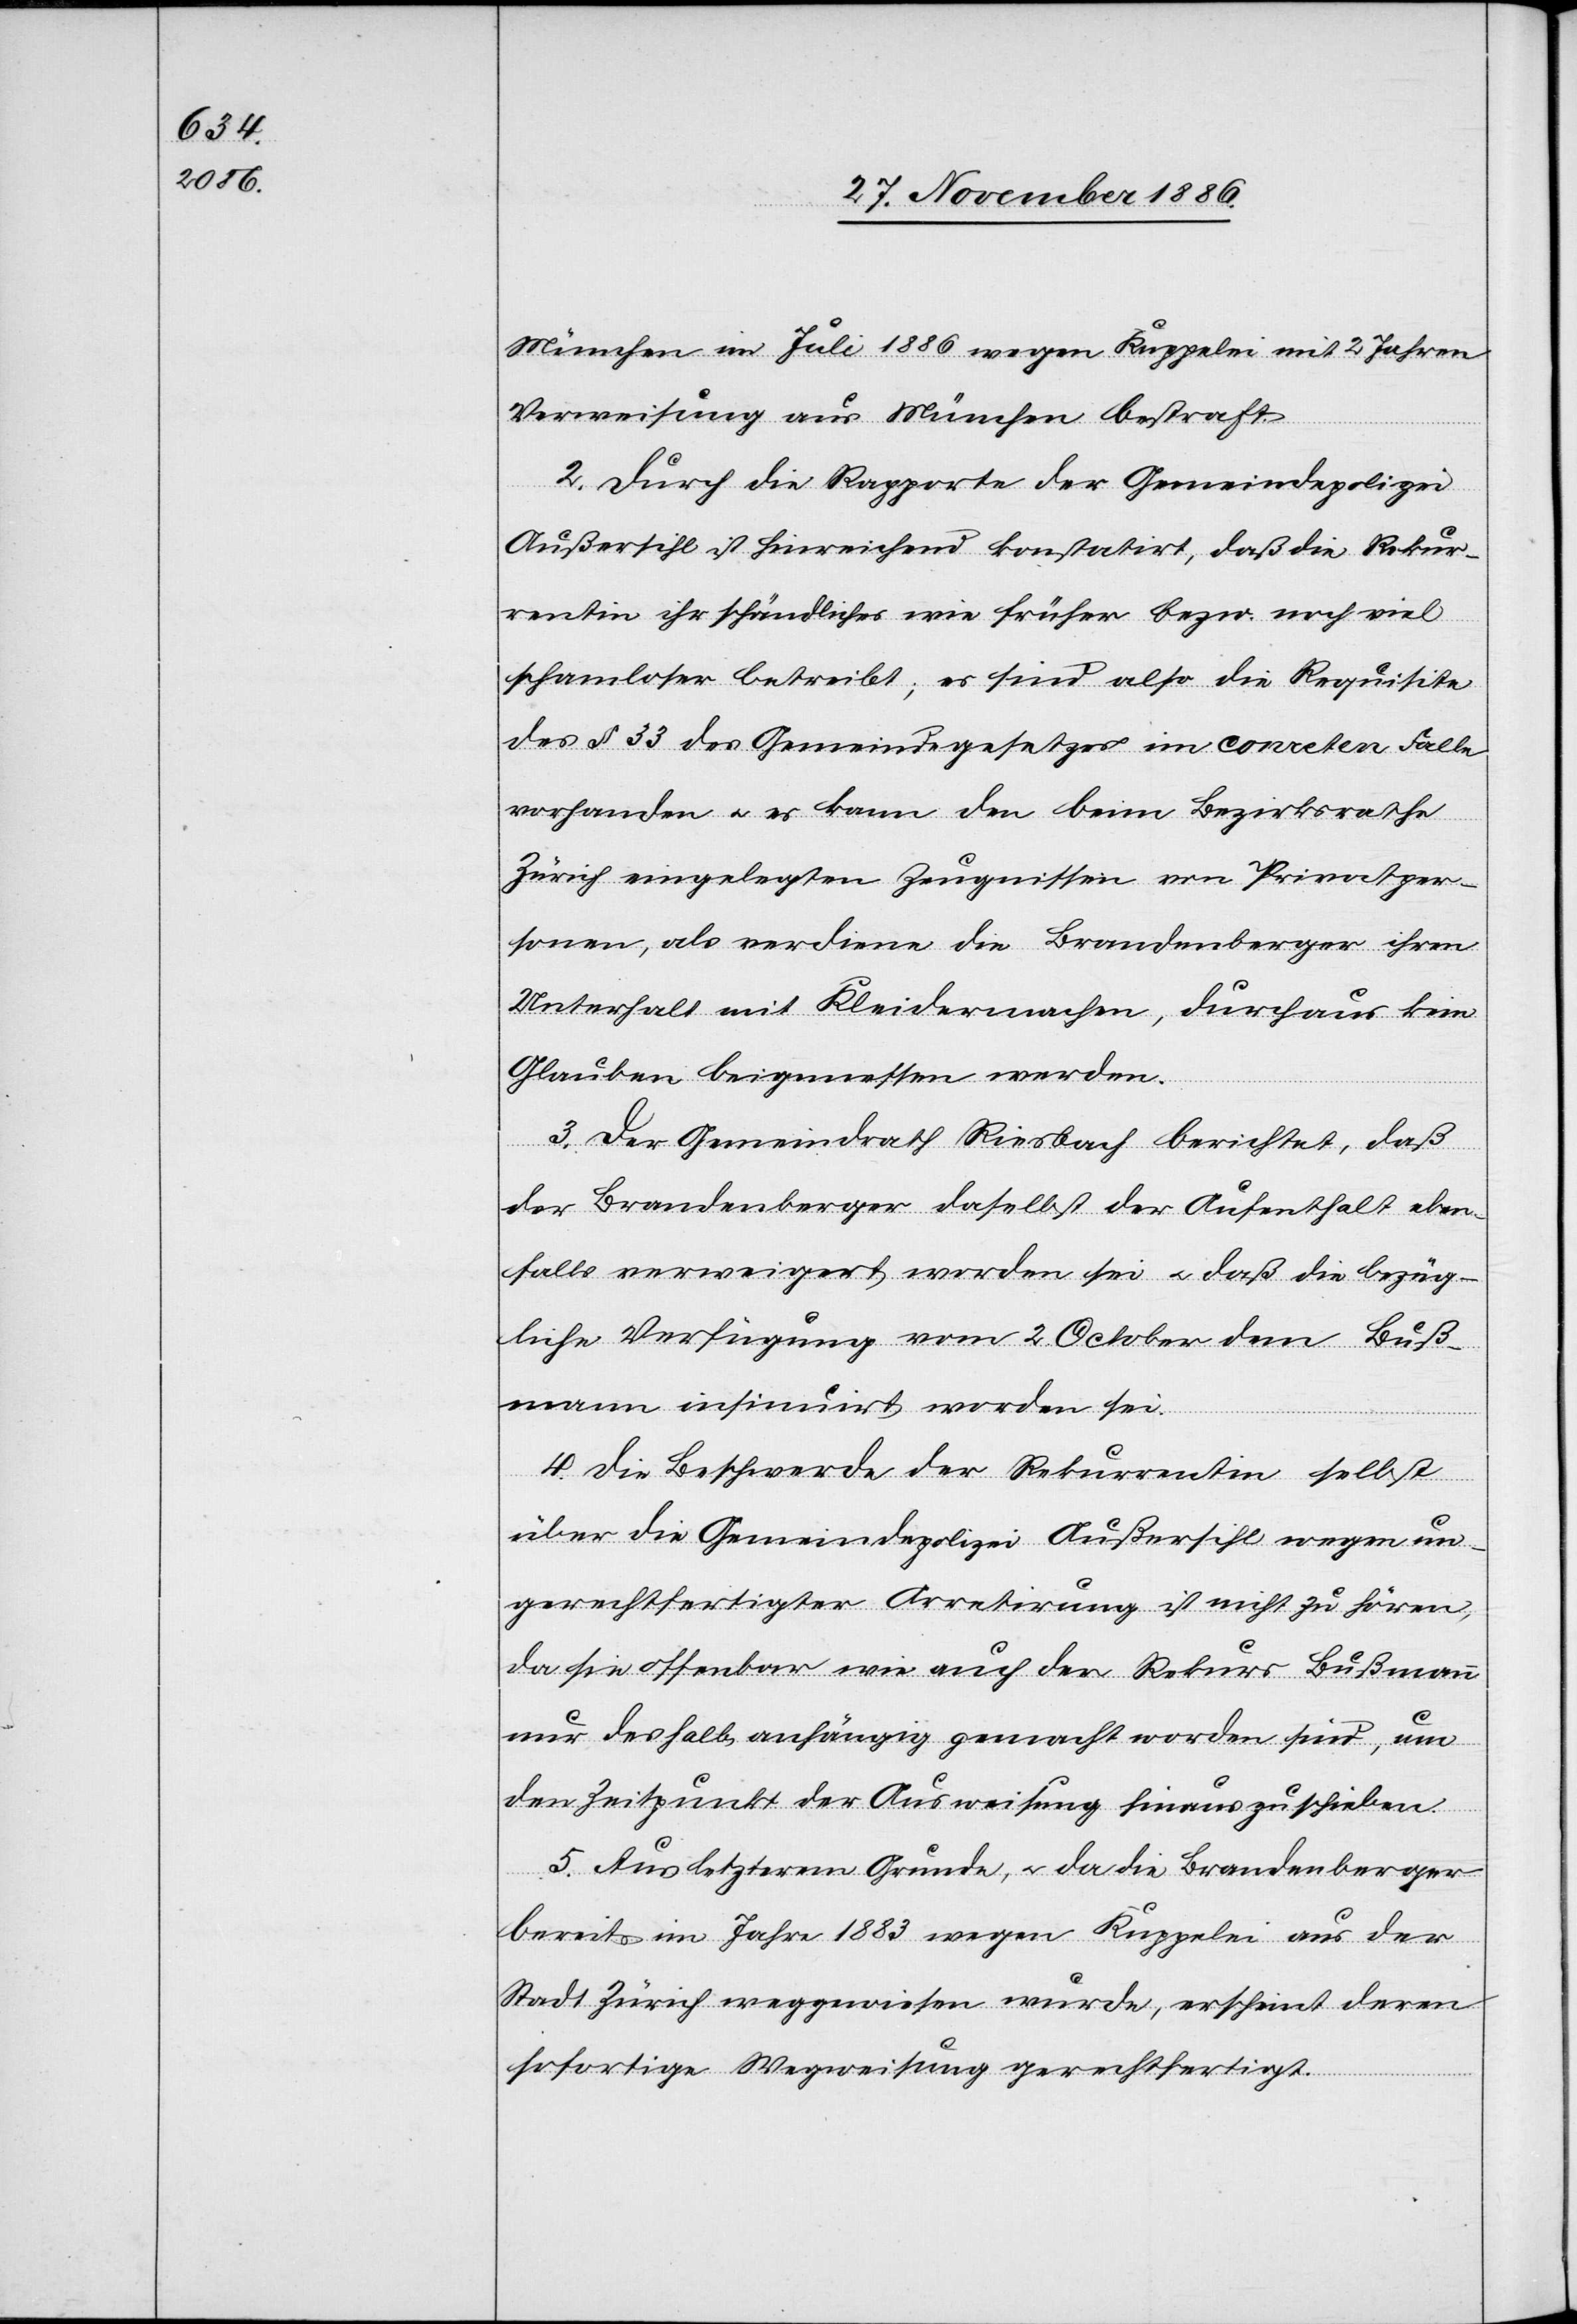
München im Juli 1886 wegen Kuppelei mit 2 Jahren
Verweisung aus München bestraft.
2. Durch die Rapporte der Gemeindepolizei
Außersihl ist hinreichend konstatirt, daß die Rekur¬
rentin ihr schändliches [sic!] wie früher bezw. noch viel
schamloser betreibt; es sind also die Requisite
des § 33 des Gemeindegesetzes im con[c]reten Falle
vorhanden & es kann den beim Bezirksrathe
Zürich eingelegten Zeugnissen von Privatper¬
sonen, als verdiene die Brandenberger ihren
Unterhalt mit Kleidermachen, durchaus kein
Glauben beigemessen werden.
3. Der Gemeindrath Riesbach berichtet, daß
der Brandenberger daselbst der Aufenthalt eben¬
falls verweigert worden sei & daß die bezüg¬
liche Verfügung vom 2. October dem Buß¬
mann insinuirt worden sei.
4. Die Beschwerde der Rekurrentin selbst
über die Gemeindepolizei Außersihl wegen un¬
gerechtfertigter Arretirung ist nicht zu hören,
da sie offenbar wie auch der Rekurs Bußmann
nur deshalb anhängig gemacht worden sind, um
den Zeitpunkt der Ausweisung hinauszuschieben.
5. Aus letzterem Grunde, & da die Brandenberger
bereits im Jahre 1883 wegen Kuppelei aus der
Stadt Zürich weggewiesen wurde, erscheint deren
sofortige Wegweisung gerechtfertigt.